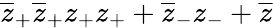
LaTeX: \overline{{{z}}}_{+}\overline{{{z}}}_{+}z_{+}z_{+}+\overline{{{z}}}_{-}z_{-}+\overline{{{z}}}